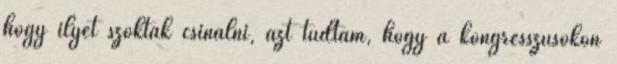
hogy ilyet szoktak csinálni, azt tudtam, hogy a kongresszusokon